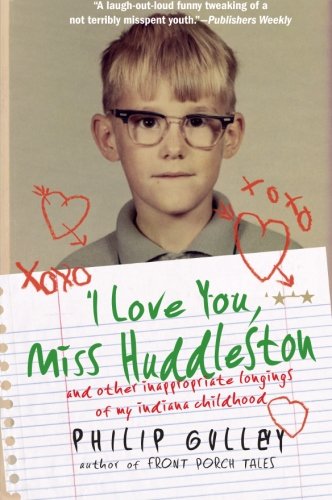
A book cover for I Love You, Miss Huddleston: and Other Inappropriate Longings of My Indiana Childhood; Philip Gulley; Christian Books & Bibles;